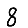
Digit: 8